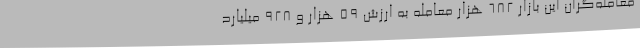
معامله‌گران این بازار 682 هزار معامله به ارزش 59 هزار و 928 میلیارد